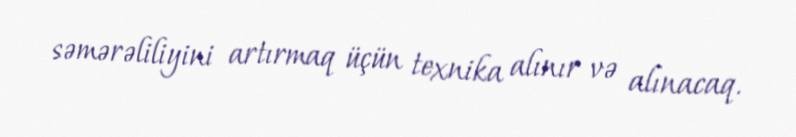
səmərəliliyini artırmaq üçün texnika alınır və alınacaq.